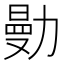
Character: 𠢝